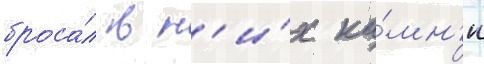
броса́л в н'и́х ка́мн'и